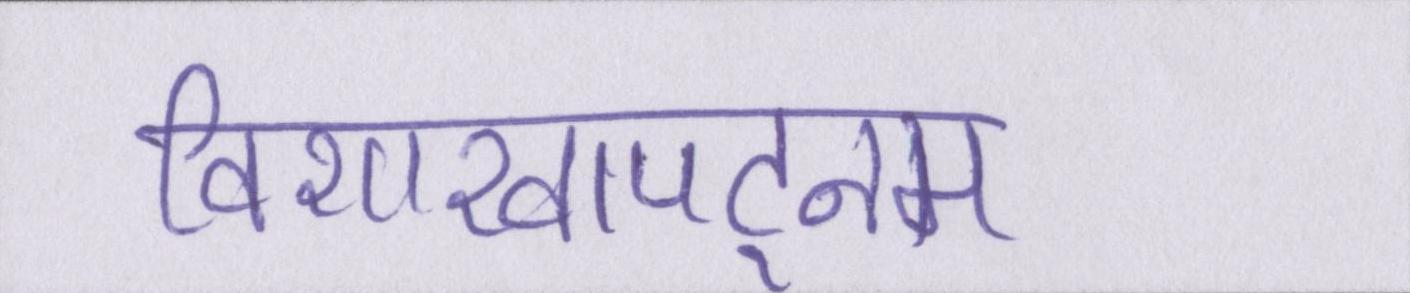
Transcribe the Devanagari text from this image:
विशाखापट्नम